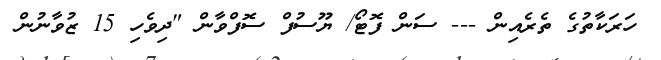
ހަރަކާތުގެ ތެރެއިން --- ސަން ފޮޓޯ/ ޔޫސުފް ސޮފްވާން "ދިވެހި 15 ޒުވާނުން